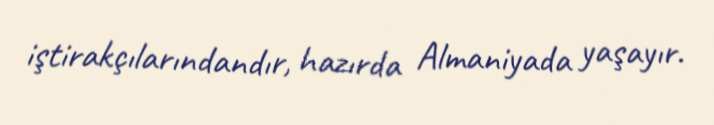
iştirakçılarındandır, hazırda Almaniyada yaşayır.